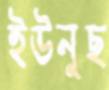
ইউনুছ